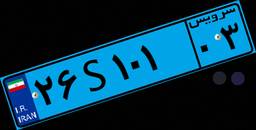
۸۸S۳۶۴۴۴